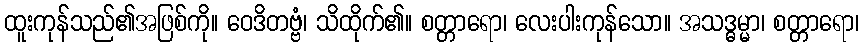
ထူးကုန်သည်၏အဖြစ်ကို။ ဝေဒိတဗ္ဗံ၊ သိထိုက်၏။ စတ္တာရော၊ လေးပါးကုန်သော။ အသဒ္ဓမ္မာ၊ စတ္တာရော၊